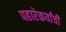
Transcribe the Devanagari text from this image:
पहारेकर्यांची